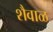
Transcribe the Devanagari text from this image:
शैवाळ